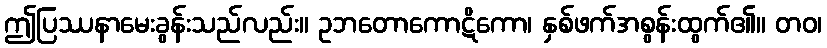
ဤပြဿနာမေးခွန်းသည်လည်း။ ဥဘတောကောဋိကော၊ နှစ်ဖက်အစွန်းထွက်၏။ တဝ၊